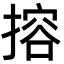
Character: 搈